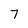
Character: 7